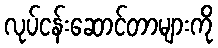
လုပ်ငန်းဆောင်တာများကို